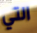
التي